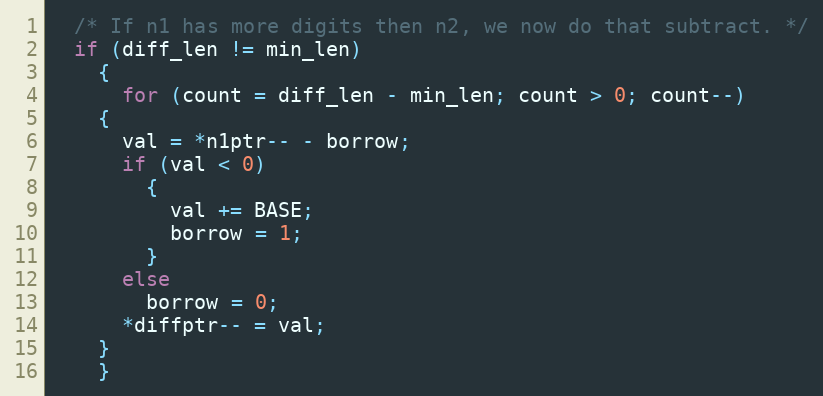
Language: C++
  /* If n1 has more digits then n2, we now do that subtract. */
  if (diff_len != min_len)
    {
      for (count = diff_len - min_len; count > 0; count--)
	{
	  val = *n1ptr-- - borrow;
	  if (val < 0)
	    {
	      val += BASE;
	      borrow = 1;
	    }
	  else
	    borrow = 0;
	  *diffptr-- = val;
	}
    }